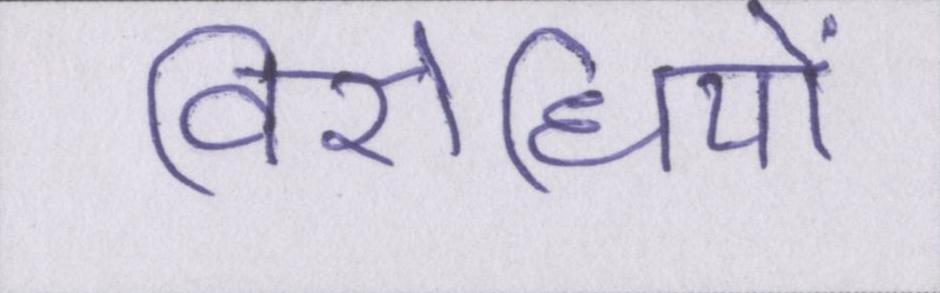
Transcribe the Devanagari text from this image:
विरोधियों